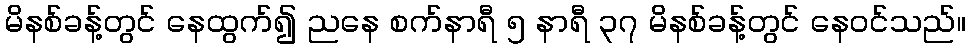
မိနစ်ခန့်တွင် နေထွက်၍ ညနေ စက်နာရီ ၅ နာရီ ၃၇ မိနစ်ခန့်တွင် နေဝင်သည်။